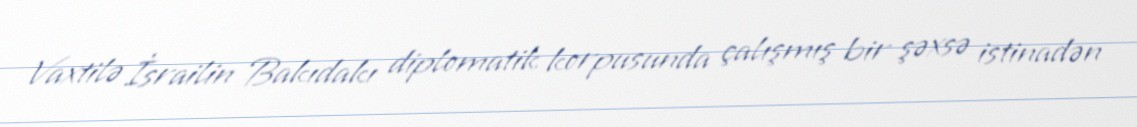
Vaxtilə İsrailin Bakıdakı diplomatik korpusunda çalışmış bir şəxsə istinadən